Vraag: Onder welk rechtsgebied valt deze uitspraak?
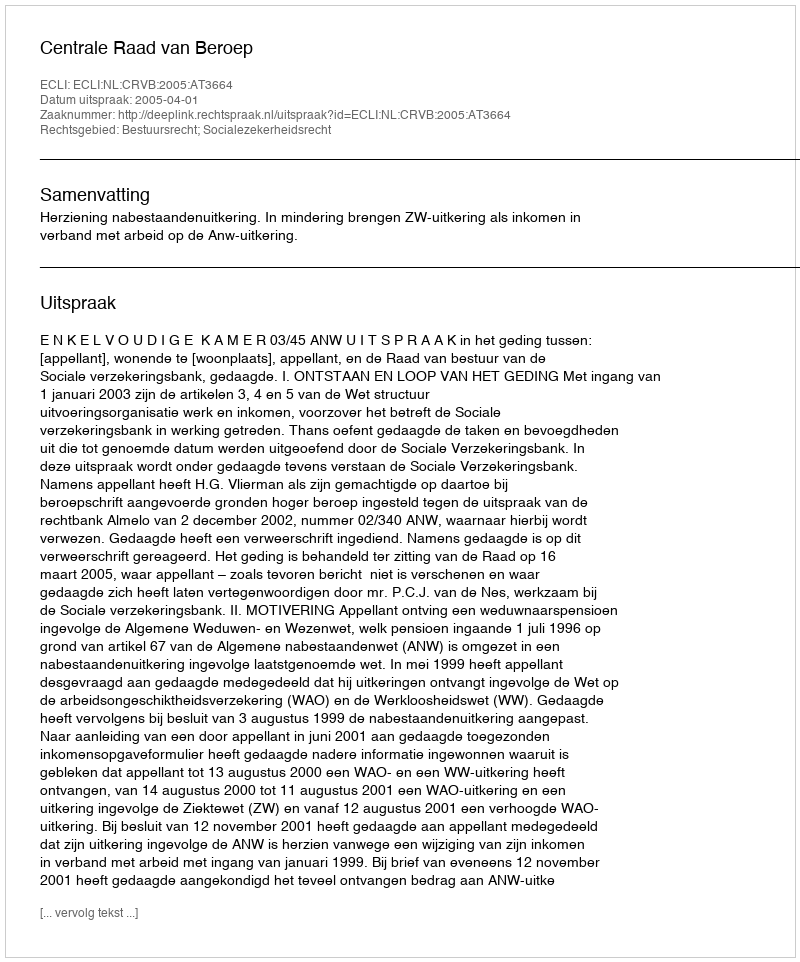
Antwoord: Bestuursrecht; Socialezekerheidsrecht